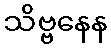
သိဗ္ဗနေန